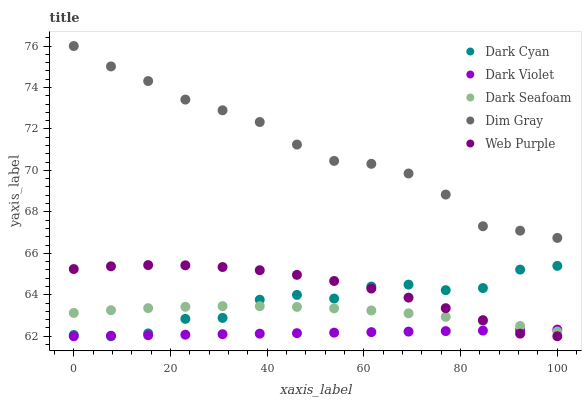
| xaxis_label | Dark Cyan | Dark Violet | Dark Seafoam | Dim Gray | Web Purple |
 | --- | --- | --- | --- | --- | --- |
 | 0 | 62.1 | 62 | 63.1 | 76 | 65.2 |
 | 7.69 | 62 | 62 | 63.3 | 75 | 65.4 |
 | 15.4 | 62.1 | 62 | 63.4 | 74.3 | 65.4 |
 | 23.1 | 62.8 | 62.1 | 63.4 | 73.4 | 65.4 |
 | 30.8 | 62.9 | 62.1 | 63.5 | 72.9 | 65.3 |
 | 38.5 | 63.8 | 62.1 | 63.5 | 72.3 | 65.2 |
 | 46.2 | 64 | 62.1 | 63.4 | 71.2 | 65 |
 | 53.8 | 63.8 | 62.2 | 63.3 | 70.5 | 64.7 |
 | 61.5 | 64.4 | 62.2 | 63.2 | 70.3 | 64.3 |
 | 69.2 | 64.5 | 62.2 | 63.1 | 69.9 | 63.9 |
 | 76.9 | 64.2 | 62.2 | 62.9 | 68.8 | 63.4 |
 | 84.6 | 64.3 | 62.3 | 62.7 | 67.3 | 62.8 |
 | 92.3 | 65.2 | 62.3 | 62.5 | 67.1 | 62.1 |
 | 100 | 65.4 | 62.3 | 62.2 | 66.7 | 62 |